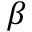
\beta